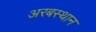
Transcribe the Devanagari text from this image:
अरबस्थान